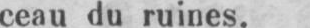
ceau du ruines.